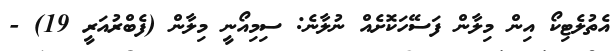
އެތުލެޓިކޯ އިން މިލާން ފަސޭހަކޮށެއް ނުލާނެ: ސިމިއޯނީ މިލާން (ފެބްރުއަރީ 19) -